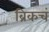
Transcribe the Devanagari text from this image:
ब्रिकचं